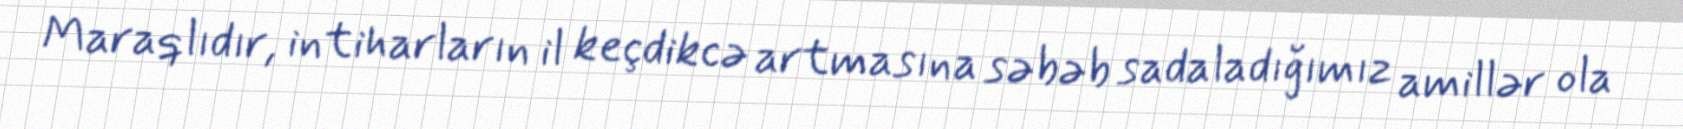
Maraqlıdır, intiharların il keçdikcə artmasına səbəb sadaladığımız amillər ola